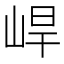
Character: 𡷛